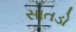
સાતડો